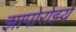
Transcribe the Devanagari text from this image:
झापोरोझ्ये